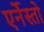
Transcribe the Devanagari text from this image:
एर्नेस्तो